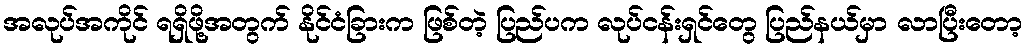
အလုပ်အကိုင် ရရှိဖို့အတွက် နိုင်ငံခြားက ဖြစ်တဲ့ ပြည်ပက လုပ်ငန်းရှင်တွေ ပြည်နယ်မှာ လာပြီးတော့